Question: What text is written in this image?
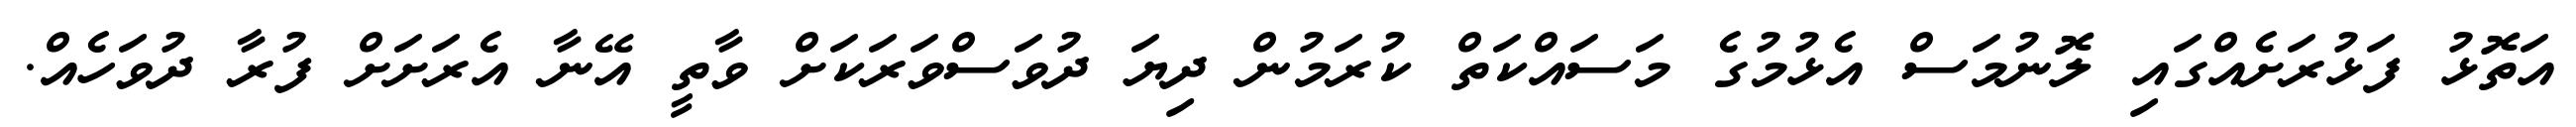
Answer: އަތޮޅު ފަޅުރަށެއްގައި ލޮނުމަސް އެޅުމުގެ މަސައްކަތް ކުރަމުން ދިޔަ ދުވަސްވަރަކަށް ވާތީ އޭނާ އެރަށަށް ފުރާ ދުވަހެއް.